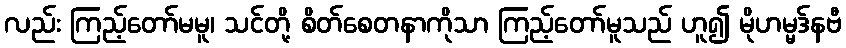
လည်း ကြည့်တော်မမူ၊ သင်တို့ စိတ်စေတနာကိုသာ ကြည့်တော်မူသည် ဟူ၍ မိုဟမ္မဒ်နဗီ